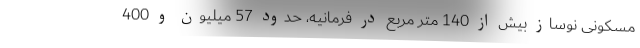
مسکونی نوساز بیش از 140 متر مربع در فرمانیه، حدود 57 میلیون و 400